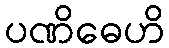
ပဏိဓေဟိ